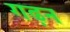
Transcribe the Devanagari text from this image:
गढ़न